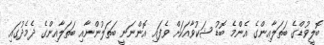
ބޮލީވުޑްގެ ބަތަލާއިންގެ އެންމެ ބޮޑު ޝަކުވާއަކަށް ވެފައި އޮންނަނީ ބަތަލުންނާއި ބަތަލާއިންގެ ދެމެދުގައި